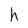
Character: h